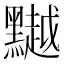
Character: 𪒥